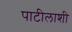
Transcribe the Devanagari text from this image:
पाटीलाशी